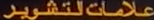
علاماتالتشوير